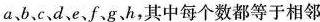
a、b、c、d、e、f、g、h，其中每个数都等于相邻